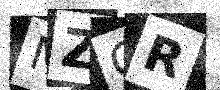
Text: MZGR